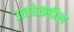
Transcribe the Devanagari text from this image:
उत्‍तरेकडील